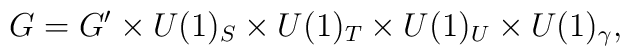
G= G'\times U(1)_S\times U(1)_T\times U(1)_U\times U(1)_\gamma ,